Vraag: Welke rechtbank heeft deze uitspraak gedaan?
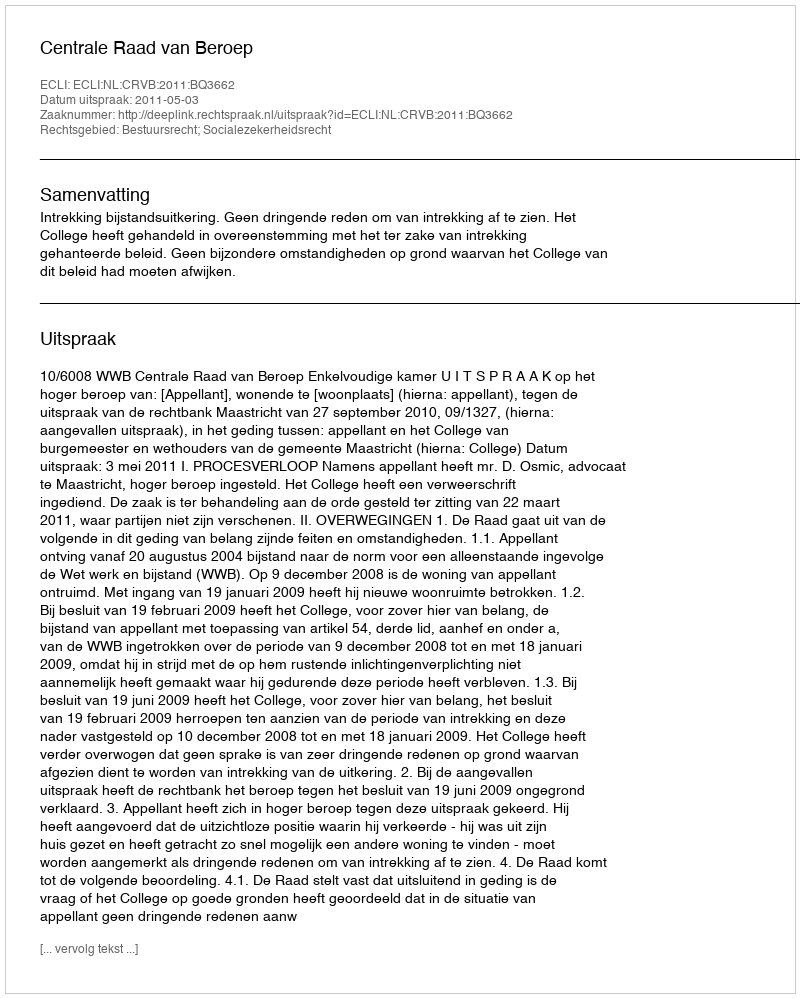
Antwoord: Centrale Raad van Beroep